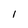
Character: l